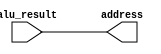
module mem_address(alu_result,address);
	input[7:0] alu_result;
	output wire[7:0] address;
	
	assign address = alu_result;//alu gives the output -  a memeory address or a result
endmodule